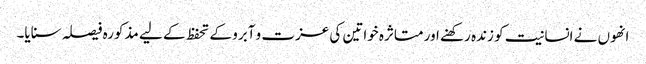
انھوں نے انسانیت کو زندہ رکھنے اور متاثرہ خواتین کی عزت و آبرو کے تحفظ کے لیے مذکورہ فیصلہ سنایا۔